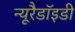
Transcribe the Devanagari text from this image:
न्यूरैडॉइडी